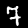
Digit: 7